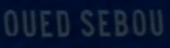
OUEDSEBOU